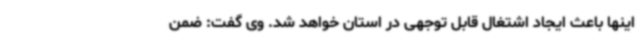
اینها باعث ایجاد اشتغال قابل توجهی در استان خواهد شد. وی گفت: ضمن